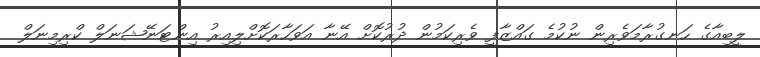
ލީބިއާގެ ހަނގުރާމަވެރިން ނުކުމެ ގައްޒާފީ ވެރިކަމުން ދުރުކޮށް އޭނާ އަވަހާރަކޮށްލިއިރު އިންޓަނޭޝަނަލް ކްރިމިނަލް